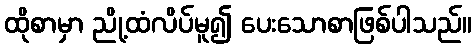
ထိုစာမှာ ညို့ထံလိပ်မူ၍ ပေးသောစာဖြစ်ပါသည်။